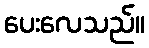
ပေးလေသည်။